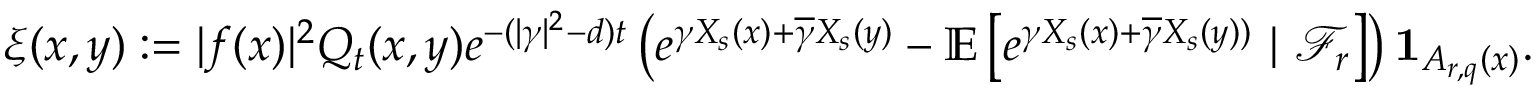
\xi ( x , y ) : = | f ( x ) | ^ { 2 } Q _ { t } ( x , y ) e ^ { - ( | \gamma | ^ { 2 } - d ) t } \left( e ^ { \gamma X _ { s } ( x ) + \overline { \gamma } X _ { s } ( y ) } - { \ensuremath { \mathbb E } } \left[ e ^ { \gamma X _ { s } ( x ) + \overline { \gamma } X _ { s } ( y ) ) } \ | \ \mathcal F _ { r } \right] \right) \mathbf { 1 } _ { A _ { r , q } ( x ) } .